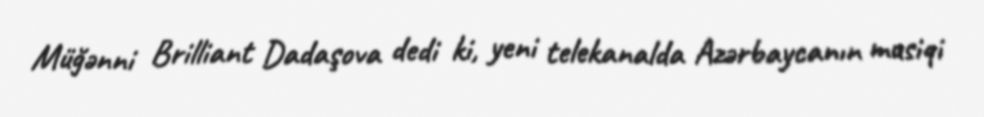
Müğənni Brilliant Dadaşova dedi ki, yeni telekanalda Azərbaycanın musiqi